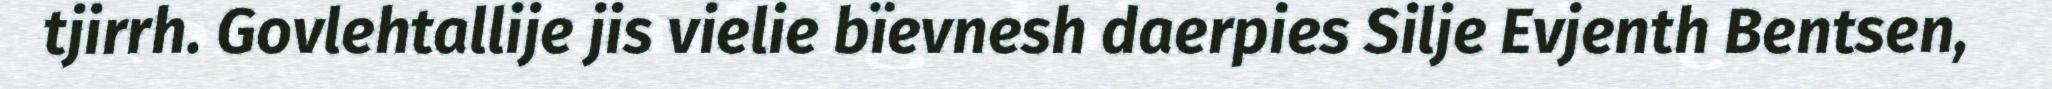
tjirrh. Govlehtallije jis vielie bïevnesh daerpies Silje Evjenth Bentsen,